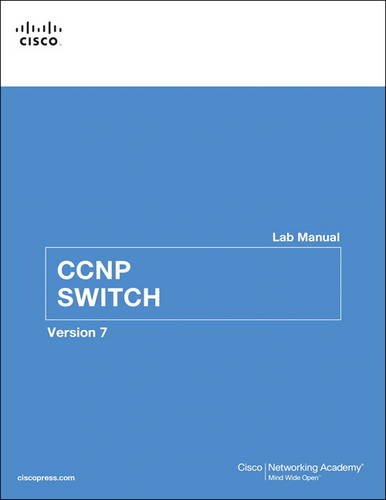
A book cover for CCNP SWITCH Lab Manual (2nd Edition) (Lab Companion); Cisco Networking Academy; Computers & Technology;